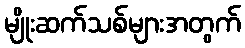
မျိုးဆက်သစ်များအတွက်